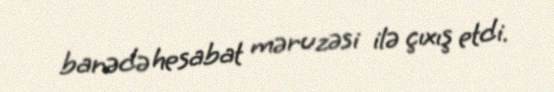
barədə hesabat məruzəsi ilə çıxış etdi.